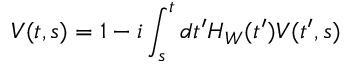
V ( t , s ) = 1 - i \int _ { s } ^ { t } d t ^ { \prime } H _ { W } ( t ^ { \prime } ) V ( t ^ { \prime } , s )